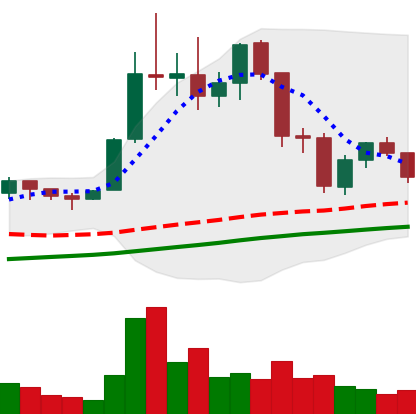
Ticker: LTC-USD
Chart end date: 2021-11-22
Forward return: -6.686%
Label: down_5_7